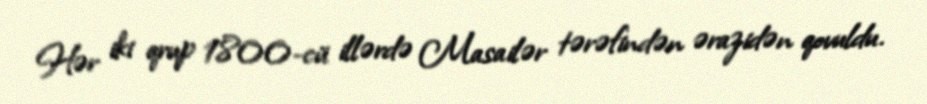
Hər iki qrup 1800-cü illərdə Masailər tərəfindən ərazidən qovuldu.